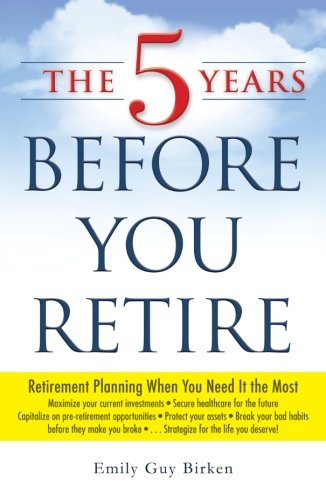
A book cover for The 5 Years Before You Retire: Retirement Planning When You Need It the Most; Emily Guy Birken; Business & Money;